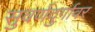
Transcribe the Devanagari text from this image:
सुवर्णदुर्गावर